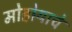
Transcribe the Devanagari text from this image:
मोहोर्‍याचे